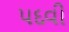
પદવી